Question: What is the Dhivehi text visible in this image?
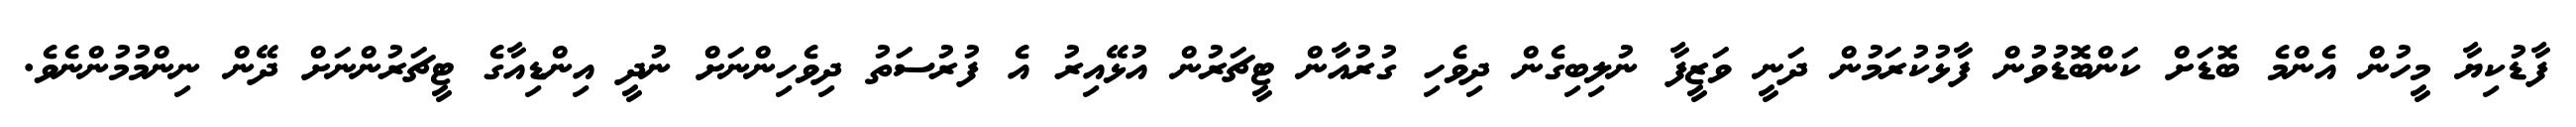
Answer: ފާޑުކިޔާ މީހުން އެންމެ ބޮޑަށް ކަންބޮޑުވުން ފާޅުކުރަމުން ދަނީ ވަޒީފާ ނުލިބިގެން ދިވެހި ގުރުއާން ޓީޗަރުން އުޅޭއިރު އެ ފުރުސަތު ދިވެހިންނަށް ނުދީ އިންޑިއާގެ ޓީޗަރުންނަށް ދޭން ނިންމުމުންނެވެ.